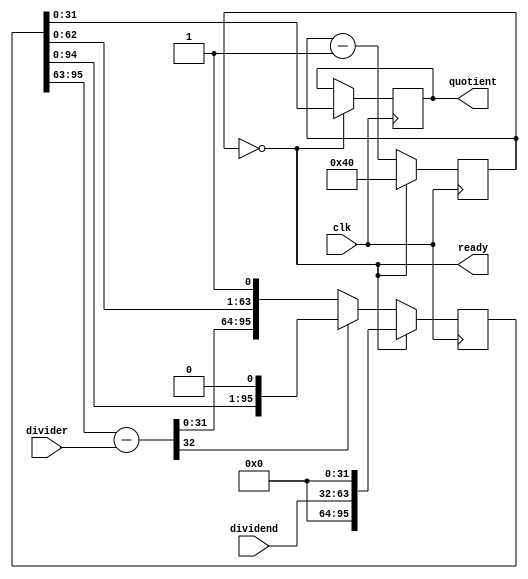
//test code for division

// 64 bit version 

module division(quotient,ready,dividend,divider,clk);
   
   input [31:0]  dividend; // frequency 
   input [31:0]  divider;  // 125MHz
   input         clk;
   output [31:0] quotient;
   output        ready;

   reg [95:0]    qr;
   reg [33:0]    diff;
   reg [31:0]    quotient;


   always @ (negedge clk)
   begin
		if (ready)					// get result when ready 
			quotient <= qr[31:0];
   		else 
			quotient <= quotient;
	end

   reg [7:0]     bits; 
   wire          ready = !bits;
   
   always @( posedge clk ) 

     if( ready) begin

        bits = 64;
        qr = {32'd0,dividend, 32'd0}; // multiply freq by 2^32

     end else begin

        diff = qr[95:63] - {1'b0,divider};

        if( diff[32] )
          qr = {qr[94:0],1'd0};      // negative so use qr shifted left, result = 0
        else
          qr = {diff[31:0],qr[62:0],1'd1}; // positive so use  diff shifted left, result = 1
        
        bits = bits - 1'b1;

     end

endmodule